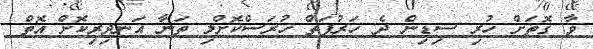
ވާ ގޮތަށް ހުރި ސިޑިން ދެ ހަރުފަތް ހުރަސްކޮށްލި ތަނާ އަނދިރިކޮށް އޮތް